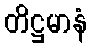
တိဋ္ဌမာနံ